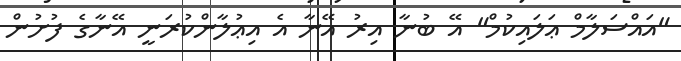
"އައްސަލާމް ޢަލައިކުމް" އޭ ބުނާ އިރު އޭނާ އެ އިޢުލާންކުރަނީ އޭނާގެ ފުށުން